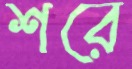
শরে